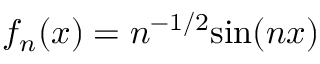
f _ { n } ( x ) = n ^ { - 1 / 2 } { \sin ( n x ) }